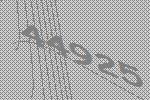
44925